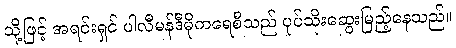
သို့ဖြင့် အရင်းရှင် ပါလီမန်ဒီမိုကရေစီသည် ပုပ်သိုးဆွေးမြည့်နေသည်။